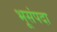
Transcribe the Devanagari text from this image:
भूसंपदा